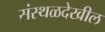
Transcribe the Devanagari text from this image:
संस्थळदेखील